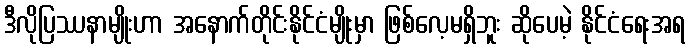
ဒီလိုပြဿနာမျိုးဟာ အနောက်တိုင်းနိုင်ငံမျိုးမှာ ဖြစ်လေ့မရှိဘူး ဆိုပေမဲ့ နိုင်ငံရေးအရ